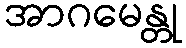
အာဂမေန္တု